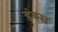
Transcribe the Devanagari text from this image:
इंक्स